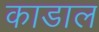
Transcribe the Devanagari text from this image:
काडाल